Quinine and its salts - Number 41
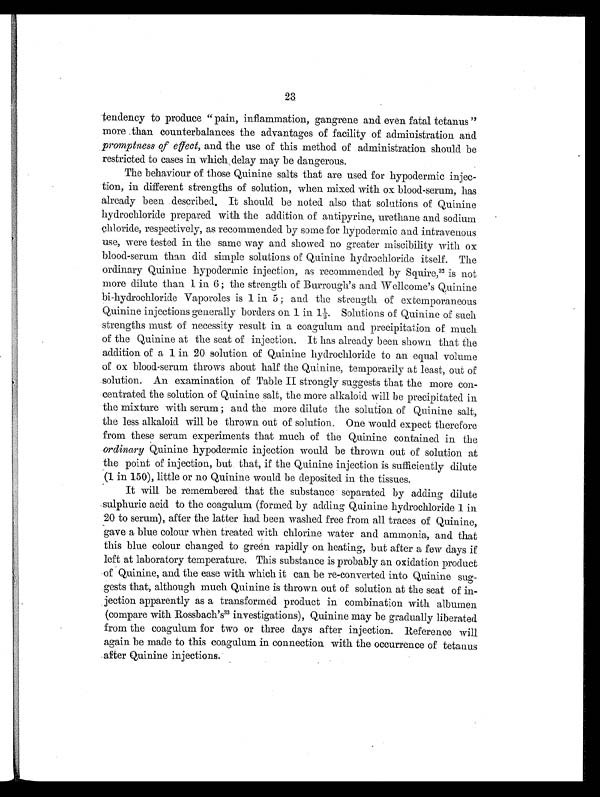
23
tendency to produce "pain, inflammation, gangrene and even fatal tetanus"
more than counterbalances the advantages of facility of administration and
promptness of effect, and the use of this method of administration should be
restricted to cases in which delay may be dangerous.
The behaviour of those Quinine salts that are used for hypodermic injec-
tion, in different strengths of solution, when mixed with ox blood-serum, has
already been described. It should be noted also that solutions of Quinine
hydrochloride prepared with the addition of antipyrine, urethane and sodium
chloride, respectively, as recommended by some for hypodermic and intravenous
use, were tested in the same way and showed no greater miscibility with ox
blood-serum than did simple solutions of Quinine hydrochloride itself. The
ordinary Quinine hypodermic injection, as recommended by Squire, 3 2
i s n o t
more dilute than 1 in 6; the strength of Burrough's and Wellcome's Quinine
bi-hydrochloride Vaporoles is 1 in 5 ; and the strength of extemporaneous
Quinine injections generally borders on 1 in 1½ Solutions of Quinine of such
strengths must of necessity result in a coagulum and precipitation of much
of the Quinine at the seat of injection. It has already been shown that the
addition of a 1 in 20 solution of Quinine hydrochloride to an equal volume
of ox blood-serum throws about half the Quinine, temporarily at least, out of
solution. An examination of Table II strongly suggests that the more con-
centrated the solution of Quinine salt, the more alkaloid will be precipitated in
the mixture with serum ; and the more dilute the solution of Quinine salt,
the less alkaloid will be thrown out of solution. One would expect therefore
from these serum experiments that much of the Quinine contained in the
ordinary Quinine hypodermic injection would be thrown out of solution at
the point of injection, but that, if the Quinine injection is sufficiently dilute
(1 in 150), little or no Quinine would be deposited in the tissues.
It will be remembered that the substance separated by adding dilute
sulphuric acid to the coagulum (formed by adding Quinine hydrochloride 1 in
20 to serum), after the latter had been washed free from all traces of Quinine,
gave a blue colour when treated with chlorine water and ammonia, and that
this blue colour changed to green rapidly on heating, but after a few days if
left at laboratory temperature. This substance is probably an oxidation product
of Quinine, and the ease with which it can be re-converted into Quinine sug-
gests that, although much Quinine is thrown out of solution at the seat of in-
jection apparently as a transformed product in combination with albumen
(compare with Rossbach's3 3
i n v e s t i g a t i o n s ) , Q u i n i n e m a y b e g r a d u a l l y l i b e r a t e d
from the coagulum for two or three days after injection. Reference will
again be made to this coagulum in connection with the occurrence of tetanus
after Quinine injections.